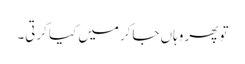
تو پھر وہاں جاکر میں کیا کرتی۔